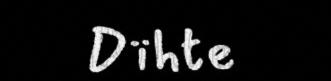
Dïhte